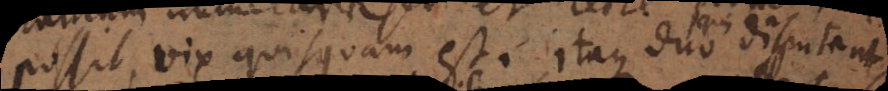
possit vix quisquam est. Itaque duo qui disputant